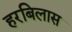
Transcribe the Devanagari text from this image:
हरबिलास